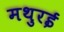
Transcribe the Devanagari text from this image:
मथुरई